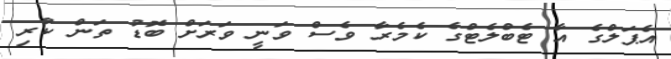
އެޕަލްގެ އާ ޓެބްލެޓްގެ ކެމެރާ ވެސް ވަނީ ވަރަށް ބޮޑު ތަން ކުރި